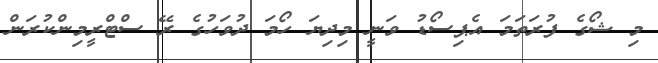
މި ޝޯގެ ފުރަތަމަ އެޕިސޯޑު ވަނީ މިދިޔަ ހޯމަ ދުވަހުގެ ރޭ ސްޓްރީމިންކުރަން